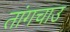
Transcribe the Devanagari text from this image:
तांगचाउ